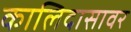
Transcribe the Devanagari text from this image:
कालिदासावर